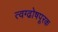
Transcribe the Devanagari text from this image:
त्वग्ढोषपूरक